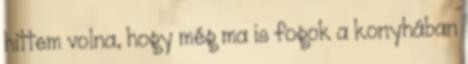
hittem volna, hogy még ma is fogok a konyhában